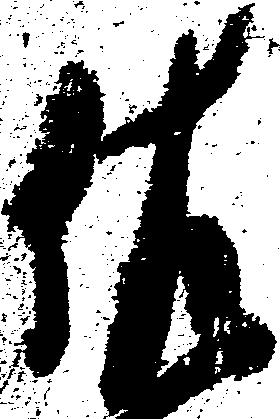
佐